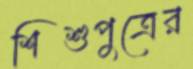
শিশুপুত্রের